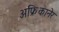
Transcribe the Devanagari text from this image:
अफ्रिकानेर